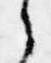
之